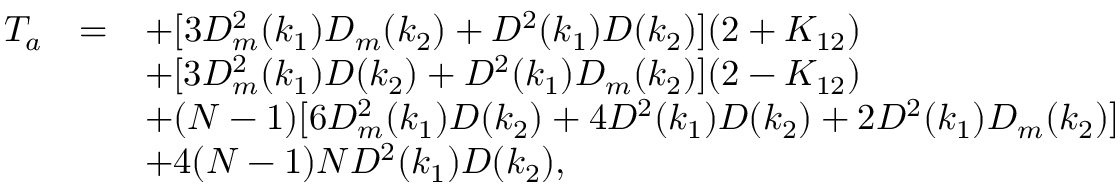
\begin{array} { r c l } { { T _ { a } } } & { { = } } & { { \displaystyle + [ 3 D _ { m } ^ { 2 } ( k _ { 1 } ) D _ { m } ( k _ { 2 } ) + D ^ { 2 } ( k _ { 1 } ) D ( k _ { 2 } ) ] ( 2 + K _ { 1 2 } ) } } \\ { { } } & { { } } & { { \displaystyle + [ 3 D _ { m } ^ { 2 } ( k _ { 1 } ) D ( k _ { 2 } ) + D ^ { 2 } ( k _ { 1 } ) D _ { m } ( k _ { 2 } ) ] ( 2 - K _ { 1 2 } ) } } \\ { { } } & { { } } & { { \displaystyle + ( N - 1 ) [ 6 D _ { m } ^ { 2 } ( k _ { 1 } ) D ( k _ { 2 } ) + 4 D ^ { 2 } ( k _ { 1 } ) D ( k _ { 2 } ) + 2 D ^ { 2 } ( k _ { 1 } ) D _ { m } ( k _ { 2 } ) ] } } \\ { { } } & { { } } & { { + 4 ( N - 1 ) N D ^ { 2 } ( k _ { 1 } ) D ( k _ { 2 } ) , } } \end{array}